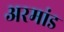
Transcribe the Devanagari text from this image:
अरमांड